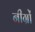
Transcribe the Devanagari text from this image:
नीग्रों